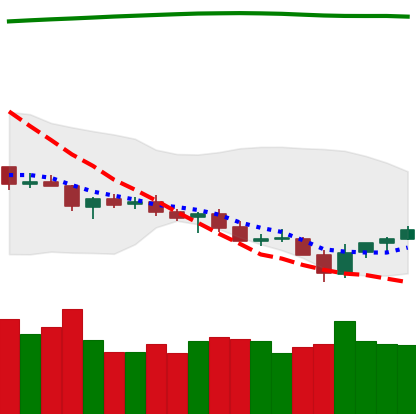
Ticker: TRX-USD
Chart end date: 2021-07-24
Forward return: 7.716%
Label: up_7plus